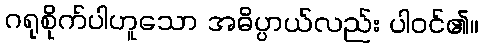
ဂရုစိုက်ပါဟူသော အဓိပ္ပာယ်လည်း ပါဝင်၏။